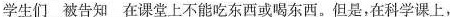
学生们\underline{被告知}在课堂上不能吃东西或喝东西.但是,在科学课上,